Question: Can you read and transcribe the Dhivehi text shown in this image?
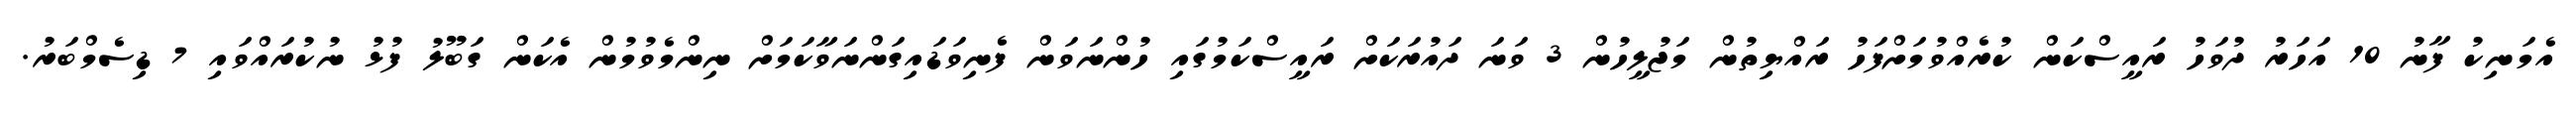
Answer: އެމަނިކު ފާނު 10 އަހަރު ދުވަހު ރައީސްކަން ކުރެއްވުމަށްފަހު ރައްޔިތުން މަޖުލީހުން 3 ވަނަ ދައުރަކަށް ރައީސްކަމުގައި ހުންނަވަން ފެނިވަޑައިގަންނަވާކަމަށް ނިންމެވުމުން އެކަން ގަބޫލު ފުޅު ނުކުރައްވައި 7 ޑިސެމްބަރު.